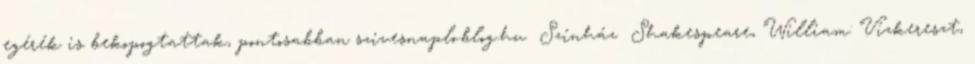
egérék is bekopogtattak, pontosabban szivesnaplo.blog.hu Színház Shakespeare, William: Vízkereszt,